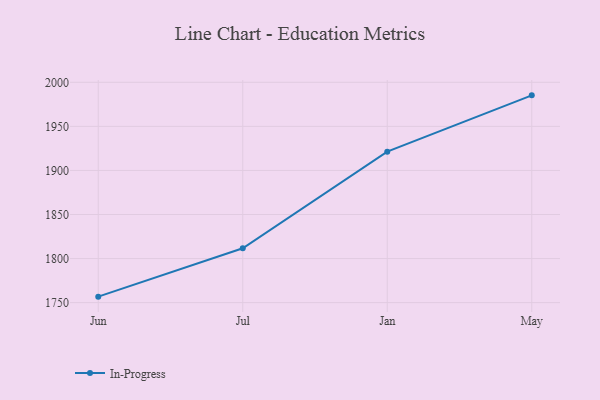
{"axis": {"x": "Month", "y": "Conversion Rate (%)"}, "legend": ["In-Progress"], "data": [{"x": "Jun", "y": 1756.8, "type": "In-Progress"}, {"x": "Jul", "y": 1811.7, "type": "In-Progress"}, {"x": "Jan", "y": 1921.3, "type": "In-Progress"}, {"x": "May", "y": 1985.2, "type": "In-Progress"}]}